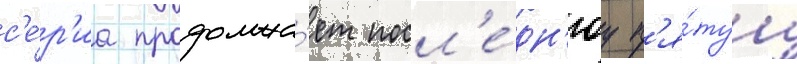
с'е́р'иа продолжа́ет посл'е́дн'юу п'я́туу